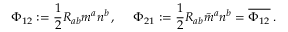
\Phi _ { 1 2 } : = { \frac { 1 } { 2 } } R _ { a b } m ^ { a } n ^ { b } \, , \quad \; \Phi _ { 2 1 } : = { \frac { 1 } { 2 } } R _ { a b } { \bar { m } } ^ { a } n ^ { b } = { \overline { { \Phi _ { 1 2 } } } } \, .